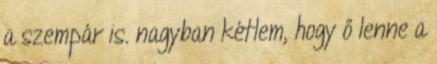
a szempár is. nagyban kétlem, hogy ő lenne a